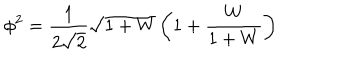
LaTeX: \phi ^ { 2 } = \frac { 1 } { 2 \sqrt { 2 } } \sqrt { 1 + W } \left( 1 + \frac { W } { 1 + W } \right)